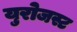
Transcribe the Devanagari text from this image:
युरोजस्ट